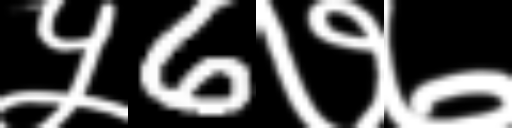
Text: ५6७७